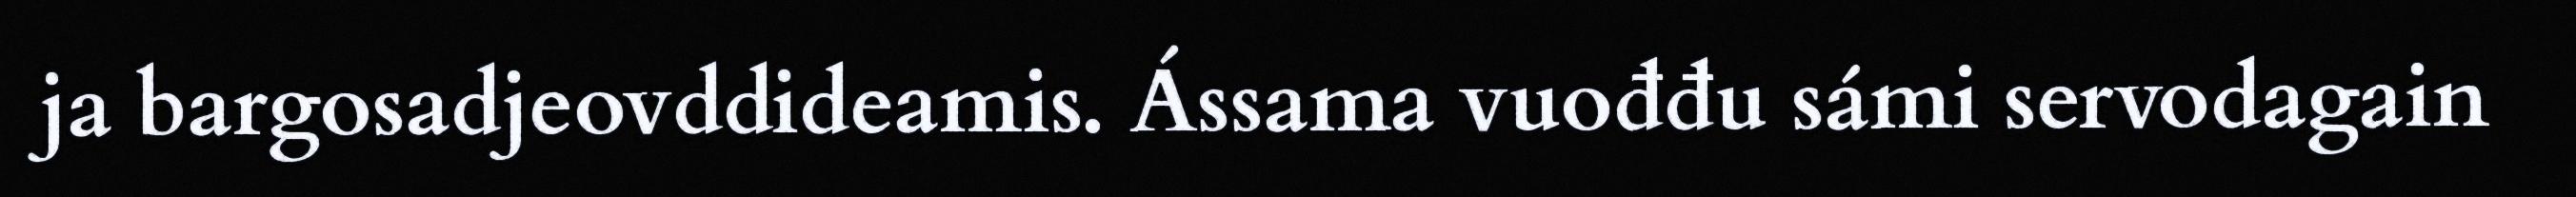
ja bargosadjeovddideamis. Ássama vuođđu sámi servodagain